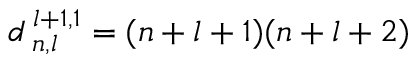
d _ { \; n , l } ^ { \; l + 1 , 1 } = ( n + l + 1 ) ( n + l + 2 )